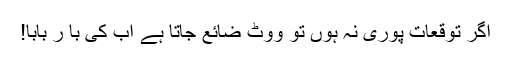
اگر توقعات پوری نہ ہوں تو ووٹ ضائع جاتا ہے اب کی با ر بابا!